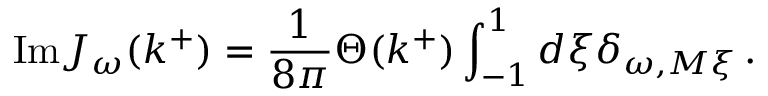
\mathrm { I m } J _ { \omega } ( k ^ { + } ) = \frac { 1 } { 8 \pi } \Theta ( k ^ { + } ) \int _ { - 1 } ^ { 1 } d \xi \delta _ { \omega , M \xi } \, .